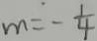
m = - \frac { 1 } { 4 }